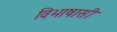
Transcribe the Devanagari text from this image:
विभाषासी